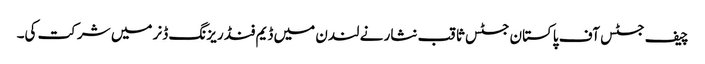
چیف جسٹس آف پاکستان جسٹس ثاقب نثار نے لندن میں ڈیم فنڈ ریزنگ ڈنر میں شرکت کی۔